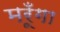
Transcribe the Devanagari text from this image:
मरूँगा